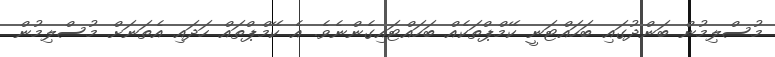
މުސްލިމުން ބަންދުގައި ބަހައްޓަނީ ކޭމްޕްތަކެއް ބަހައްޓައިގެންނެވެ. އެ ކޭމްޕްތައް ހަދައި އެތަނަށް މުސްލިމުން